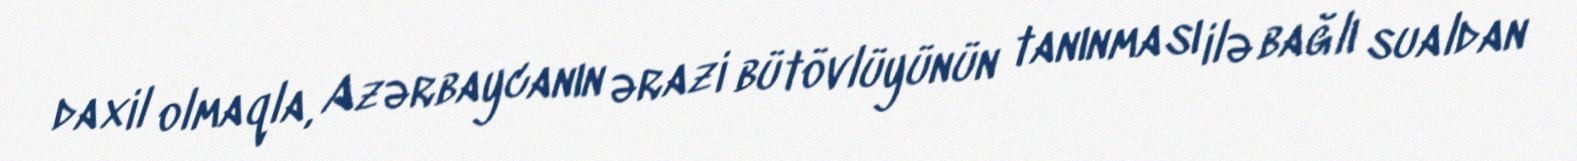
daxil olmaqla, Azərbaycanın ərazi bütövlüyünün tanınması ilə bağlı sualdan